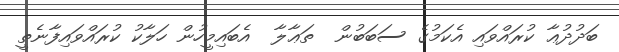
ބަދުދުޢާ ކުރައްވައި އެކަމުގެ ސަބަބުން  ތަޢާލާ  އެބައިމީހުން ހަލާކު ކުރައްވައިފާނެތީ